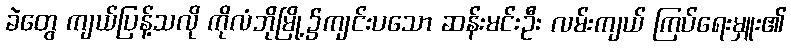
ခဲတွေ ကျယ်ပြန့်သလို ကိုလံဘိုမြို့၌ကျင်းပသော ဆန်းမင်းဦး လမ်းကျယ် ကြပ်ရေးမှူး၏